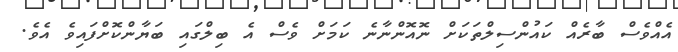
އެއްވެސް ބާރެއް ކައުންސިލްތަކަށް ނޮއޮންނާނެ ކަމަށް ވެސް އެ ބިލްގައި ބަޔާންކޮށްފައިވެ އެވެ.